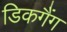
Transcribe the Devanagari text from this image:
डिकगैंग